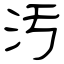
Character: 汚